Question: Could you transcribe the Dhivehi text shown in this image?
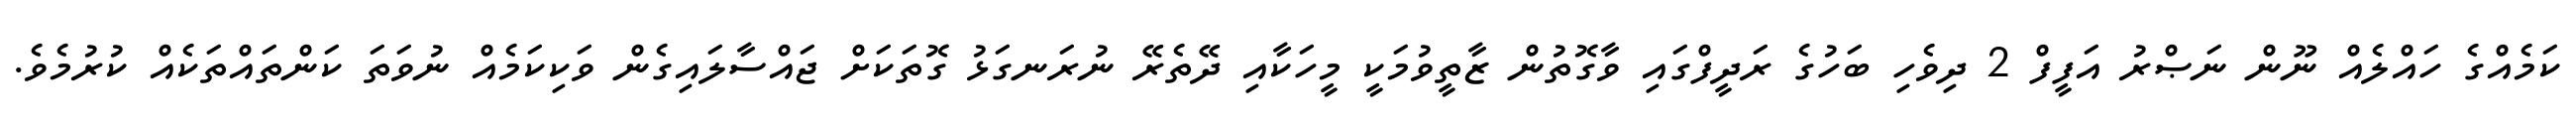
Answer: ކަމެއްގެ ހައްލެއް ނޫން ނަޞްރު އަފީފް 2 ދިވެހި ބަހުގެ ރަދީފްގައި ވާގޮތުން ޒާތީވުމަކީ މީހަކާއި ދޭތެރޭ ނުރަނގަޅު ގޮތަކަށް ޖައްސާލައިގެން ވަކިކަމެއް ނުވަތަ ކަންތައްތަކެއް ކުރުމެވެ.